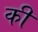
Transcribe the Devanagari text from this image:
की